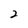
Character: 2